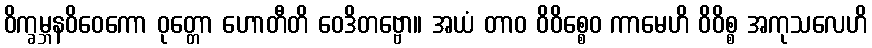
ဝိက္ခမ္ဘနဝိဝေကော ဝုတ္တော ဟောတီတိ ဝေဒိတဗ္ဗော။ အယံ တာဝ ဝိဝိစ္စေဝ ကာမေဟိ ဝိဝိစ္စ အကုသလေဟိ